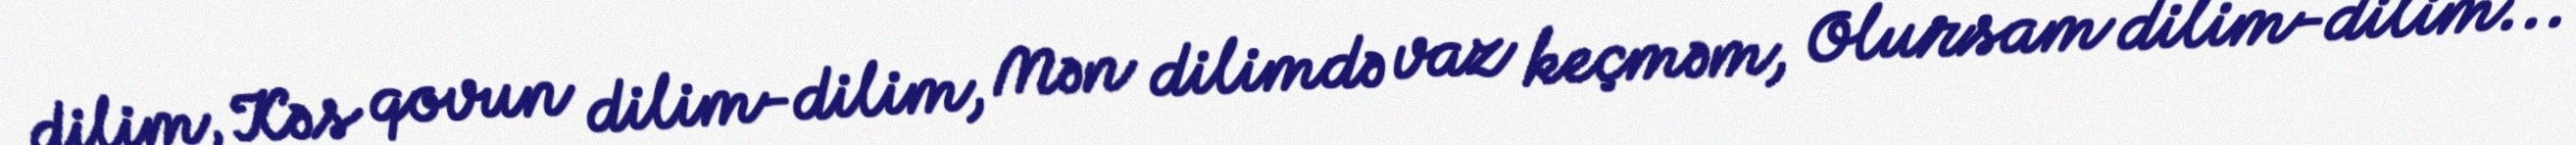
dilim, Kəs qovun dilim-dilim, Mən dilimdə vaz keçməm, Olursam dilim-dilim...